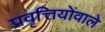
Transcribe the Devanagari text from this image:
प्रवृत्तियोंवाले